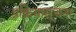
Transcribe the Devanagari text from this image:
प्रक्रियासूचना